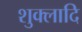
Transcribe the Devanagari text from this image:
शुक्लादि